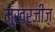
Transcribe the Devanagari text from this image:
मुखर्जीज़